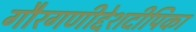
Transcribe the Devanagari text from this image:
गौरगणीद्देशदीपिका